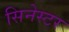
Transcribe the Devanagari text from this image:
सिनेस्टर